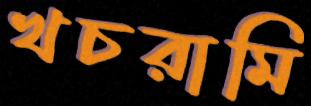
খচরামি